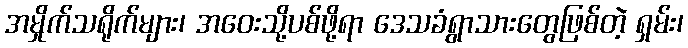
အမှိုက်သရိုက်များ၊ အဝေးသို့ပစ်ဖို့ရာ ဒေသခံရွာသားတွေဖြစ်တဲ့ ရှမ်း၊